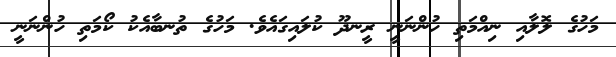
މަހުގެ ލޮލާއި ނިއްމަތި ހުންނަނީ ރީނދޫ ކުލައިގައެވެ. މަހުގެ ތުނބާއެކު ކޯމަތި ހުންނަނީ